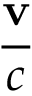
\frac { \mathbf { v } } { c }